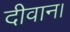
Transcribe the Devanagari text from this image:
दीवान।